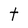
Character: t